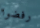
رفضوا